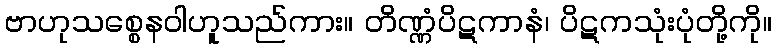
ဗာဟုသစ္စေနဝါဟူသည်ကား။ တိဏ္ဏံပိဋကာနံ၊ ပိဋကသုံးပုံတို့ကို။